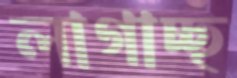
লাগাচ্ছ